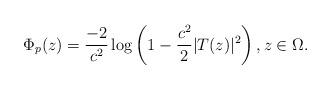
LaTeX: \begin{align*} \Phi_{p}( z) = {\frac{-2}{c^2}} \log \left (1 - \frac{c^2}{2} |T(z)|^2 \right ), z \in \Omega. \end{align*}